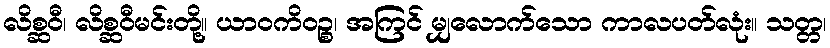
လိစ္ဆဝီ၊ လိစ္ဆဝီမင်းတို့။ ယာဝကိဝဉ္စ၊ အကြင် မျှလောက်သော ကာလပတ်လုံး။ သတ္တ၊